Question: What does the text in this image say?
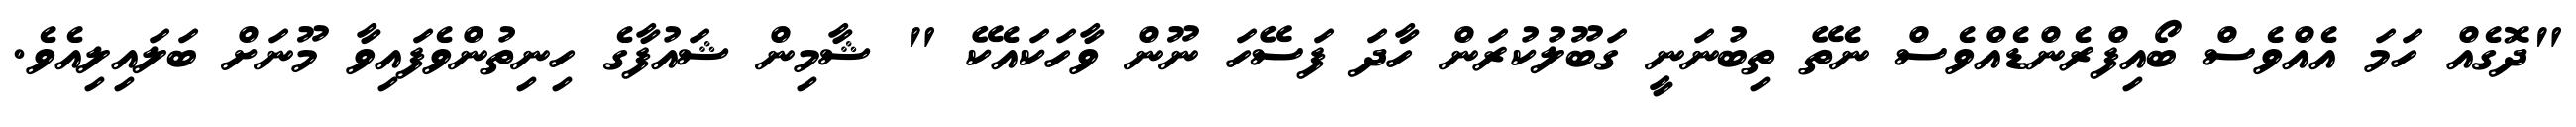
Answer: "ދޮގެއް ހަމަ އެއްވެސް ބޯއިފްރެންޑެއްވެސް ނެތޭ ތިބުނަނީ ގަބޫލުކުރަން ހާދަ ފަސޭހަ ނޫން ވާހަކައެކޭ " ޝާމިން ޝައުފާގެ ހިނިތުންވެފައިވާ މޫނަށް ބަލައިލިއެވެ.